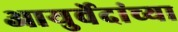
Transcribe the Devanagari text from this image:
आयुर्वेदांच्या